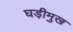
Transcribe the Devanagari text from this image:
घड़ीमुख